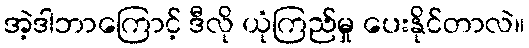
အဲ့ဒါဘာကြောင့် ဒီလို ယုံကြည်မှု ပေးနိုင်တာလဲ။